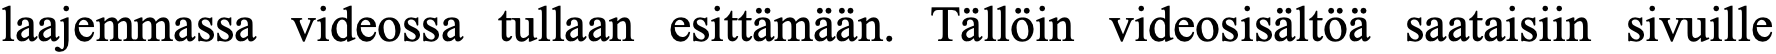
laajemmassa videossa tullaan esittämään. Tällöin videosisältöä saataisiin sivuille